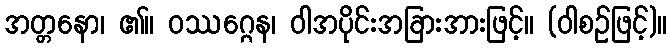
အတ္တနော၊ ၏။ ဝဿဂ္ဂေန၊ ဝါအပိုင်းအခြားအားဖြင့်။ (ဝါစဉ်ဖြင့်)။